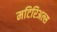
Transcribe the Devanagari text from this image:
मटिरिअल्स